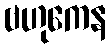
ဗဟုကေန